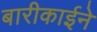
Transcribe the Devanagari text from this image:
बारीकाईने